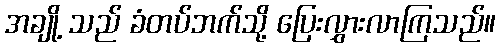
အချို့ သည် ခံတပ်ဘက်သို့ ပြေးလွှားလာကြသည်။